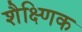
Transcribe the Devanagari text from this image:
शैक्ष्णिक